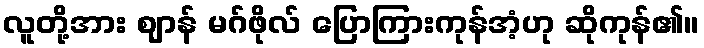
လူတို့အား ဈာန် မဂ်ဖိုလ် ပြောကြားကုန်အံ့ဟု ဆိုကုန်၏။